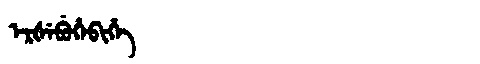
Manchu: ᡝᡵᡧᡝᠪᡠᡥᡝᠪᡳᡥᡝ
Romanization: ERŠEBUHEBIHE